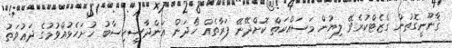
ޤާނޫނީގޮތުން ގެޒެޓްކުރެވޭ ލިޔުން މަސައްކަތް ކޮށްދޭނޭ ފަރާތެއް ހޯދަން އަންދާސީހިސާބު ހުށަހެޅުއްވުމުގެ ދަޢުވަތު